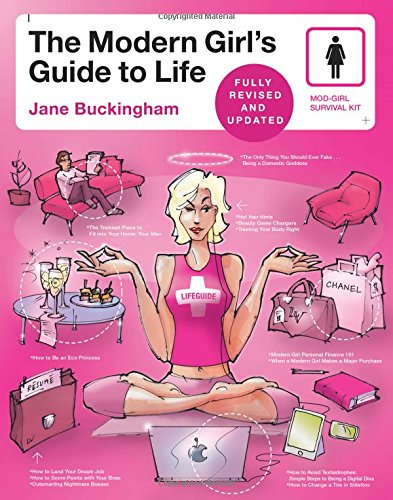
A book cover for The Modern Girl's Guide to Life, Revised Edition (Modern Girl's Guides); Jane Buckingham; Health, Fitness & Dieting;